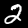
Digit: 2